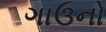
ગાઉનો